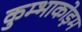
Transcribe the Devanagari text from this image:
कुम्भाकोड़म